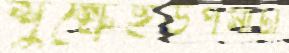
শুল্কেইউপমাটা